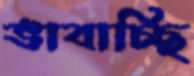
ভাবাচ্ছি